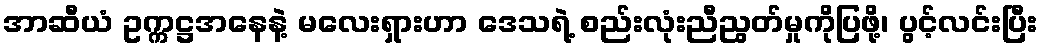
အာဆီယံ ဥက္ကဋ္ဌအနေနဲ့ မလေးရှားဟာ ဒေသရဲ့ စည်းလုံးညီညွတ်မှုကိုပြဖို့၊ ပွင့်လင်းပြီး